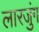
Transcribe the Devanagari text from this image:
लारजुंग